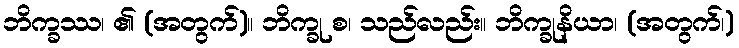
ဘိက္ခဿ၊ ၏ (အတွက်)။ ဘိက္ခု စ၊ သည်လည်း။ ဘိက္ခုနိယာ၊ (အတွက်၊)